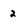
Character: 2